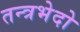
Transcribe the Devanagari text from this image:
तन्त्रभेदो